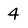
Character: 4